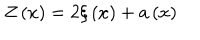
Z \left( x \right) = 2 \xi \left( x \right) + a \left( x \right)